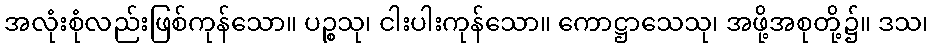
အလုံးစုံလည်းဖြစ်ကုန်သော။ ပဉ္စသု၊ ငါးပါးကုန်သော။ ကောဋ္ဌာသေသု၊ အဖို့အစုတို့၌။ ဒသ၊